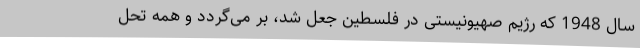
سال 1948 که رژیم صهیونیستی در فلسطین جعل شد، بر می‌گردد و همه تحل